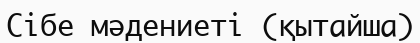
Сібе мәдениеті (қытайша)